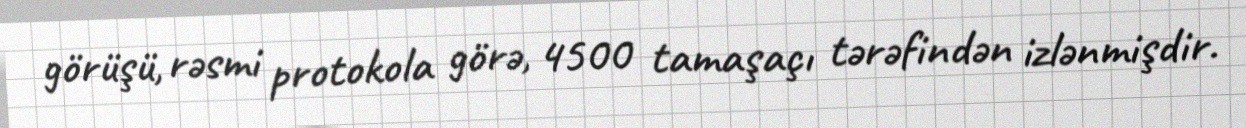
görüşü, rəsmi protokola görə, 4500 tamaşaçı tərəfindən izlənmişdir.